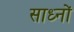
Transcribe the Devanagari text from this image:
साध्नों